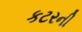
કટરની